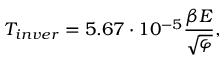
{ T _ { i n v e r } } = 5 . 6 7 \cdot { 1 0 ^ { - 5 } } \frac { { \beta E } } { { \sqrt \varphi } } ,